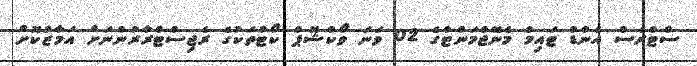
ސްޓްރެސް އެންޑް ޓައިމް މެނޭޖްމަންޓްގެ 02 ވަނަ ވޯކްޝޮޕް ކޯޓުތަކުގެ ރެޖިސްޓްރާރުންނަށް އަމާޒުކޮށް